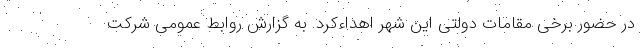
در حضور برخی مقامات دولتی این شهر اهداءکرد. به گزارش روابط عمومی شرکت